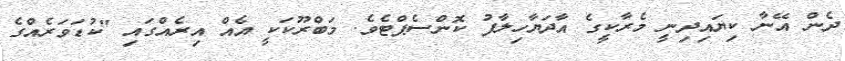
ދެން އޭނާ ކިޔައިދިނީ މެރާކީގެ އާދަޔާހިލާފު ކޮންސެޕްޓެވެ. މަބްރޫކަކީ އެއް އިރެއްގައި "ކުޑަވަރެއްގެ